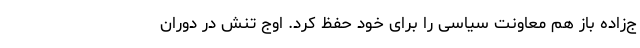
ج‌زاده باز هم معاونت سیاسی را برای خود حفظ کرد. اوج تنش در دوران